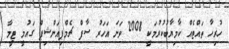
ހުރިހާ ތައްޓެއް ކާމިޔާބުކުރުމަކީ 2008 ވަނަ އަހަރު ސާފް ޗެމްޕިއަންޝިޕް ގައުމީ ޓީމާ